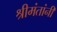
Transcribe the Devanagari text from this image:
श्रीमंतांनी